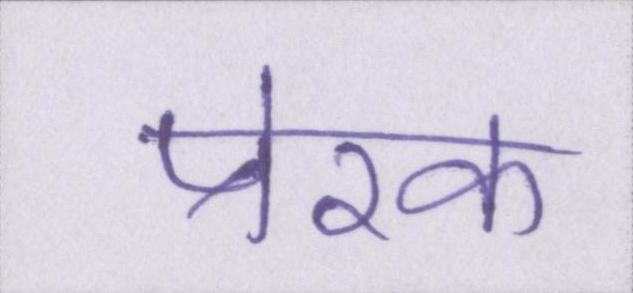
प्रेरक